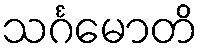
သင်္ဂမောတိ